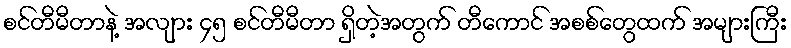
စင်တီမီတာနဲ့ အလျား ၄၅ စင်တီမီတာ ရှိတဲ့အတွက် တီကောင် အစစ်တွေထက် အများကြီး